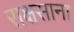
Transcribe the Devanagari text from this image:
राक्षसाना